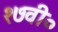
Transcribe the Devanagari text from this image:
१७वी०